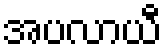
အပလာယီ